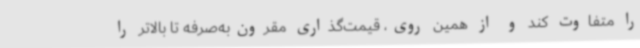
را متفاوت کند و از همین روی، قیمت‌گذاری مقرون‌به‌صرفه تا بالاتر را